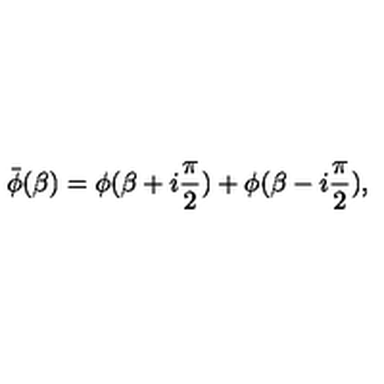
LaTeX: \bar { \phi } ( \beta ) = \phi ( \beta + i { \frac { \pi } { 2 } } ) + \phi ( \beta - i { \frac { \pi } { 2 } } ) ,